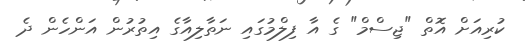
ކުރިއަށް އޮތް "ޖިސްމް" ގެ އާ ފިލްމުގައި ނަތާލިއާގެ އިތުރުން އަންހެން ދެ